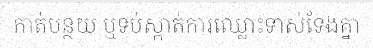
កាត់បន្ថយ ឬទប់ស្កាត់ការឈ្លោះទាស់ទែងគ្នា